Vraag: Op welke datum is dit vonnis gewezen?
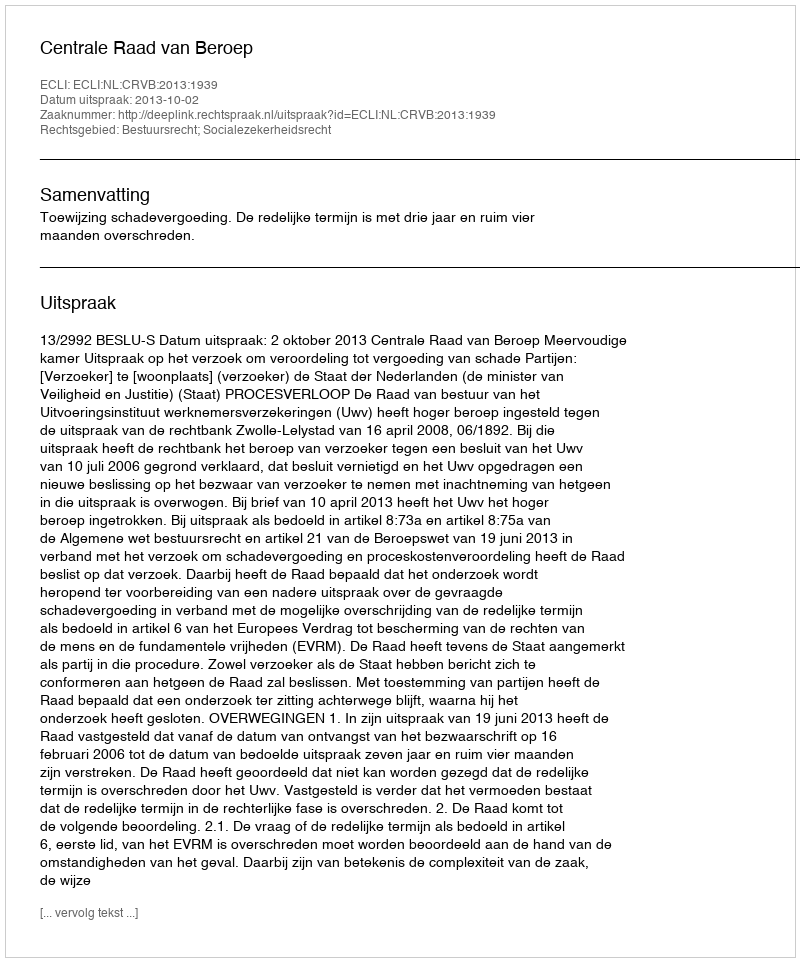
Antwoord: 2013-10-02